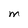
Character: M